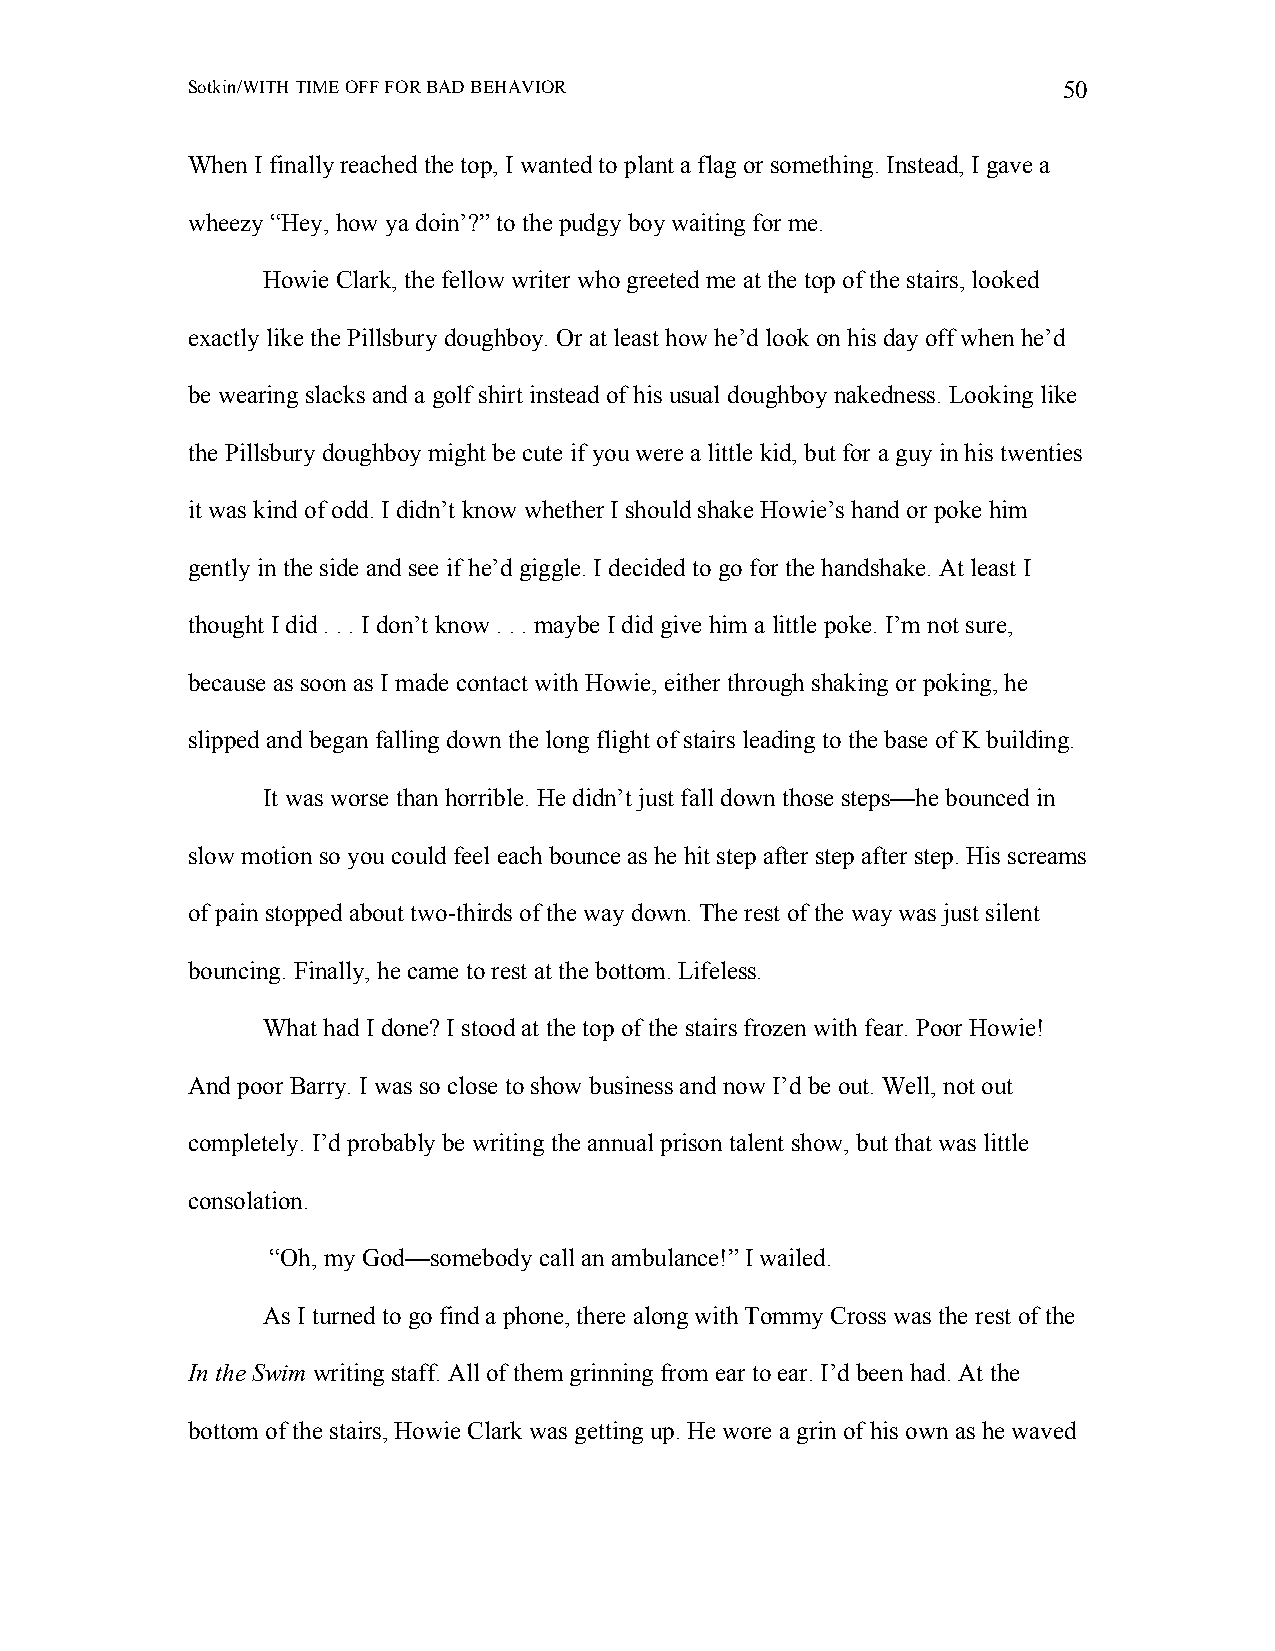
Sotkin/WITH TIME OFF FOR BAD BEHAVIOR                     50
 When I finally reached the top, I wanted to plant a flag or something. Instead, I gave a
 wheezy “Hey, how ya doin’?” to the pudgy boy waiting for me.
 Howie Clark, the fellow writer who greeted me at the top of the stairs, looked
 exactly like the Pillsbury doughboy. Or at least how he’d look on his day off when he’d
 be wearing slacks and a golf shirt instead of his usual doughboy nakedness. Looking like
 the Pillsbury doughboy might be cute if you were a little kid, but for a guy in his twenties
 it was kind of odd. I didn’t know whether I should shake Howie’s hand or poke him
 gently in the side and see if he’d giggle. I decided to go for the handshake. At least I
 thought I did . . . I don’t know . . . maybe I did give him a little poke. I’m not sure,
 because as soon as I made contact with Howie, either through shaking or poking, he
 slipped and began falling down the long flight of stairs leading to the base of K building.
 It was worse than horrible. He didn’t just fall down those steps—he bounced in
 slow motion so you could feel each bounce as he hit step after step after step. His screams
 of pain stopped about two-thirds of the way down. The rest of the way was just silent
 bouncing. Finally, he came to rest at the bottom. Lifeless.
 What had I done? I stood at the top of the stairs frozen with fear. Poor Howie!
 And poor Barry. I was so close to show business and now I’d be out. Well, not out
 completely. I’d probably be writing the annual prison talent show, but that was little
 consolation.
 “Oh, my God—somebody call an ambulance!” I wailed.
 As I turned to go find a phone, there along with Tommy Cross was the rest of the
 In the Swim writing staff. All of them grinning from ear to ear. I’d been had. At the
 bottom of the stairs, Howie Clark was getting up. He wore a grin of his own as he waved